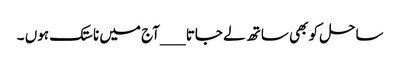
ساحل کو بھی ساتھ لے جاتا __ _آج میں ناستک ہوں ۔